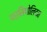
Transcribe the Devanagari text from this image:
पर्सिपोलिटन